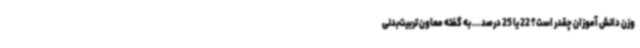
وزن دانش آموزان چقدر است؟ 22 یا 25 درصد... به گفته معاون تربیت‌بدنی